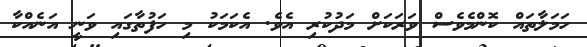
ހަމަލާތައް ކޮންމެވެސް ވަރަކަށް މަދުކުރި އެވެ. އެކަމަކު މި ހަފުތާގައި ވަނީ އަނެއްކާ